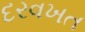
દરવખત